Annual administration and progress report of the Indian Medical Department, Bombay
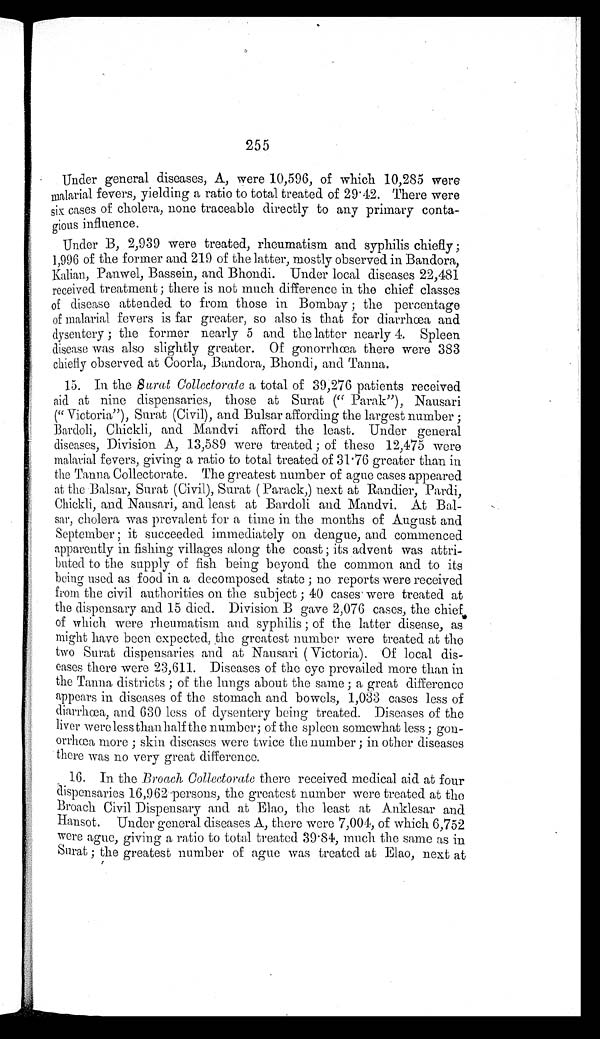
255
Under general diseases, A, were 10,596, of which 10,285 were
malarial fevers, yielding a ratio to total treated of 29.42. There were
six cases of cholera, none traceable directly to any primary conta
-
gious influence.
Under B, 2,939 were treated, rheumatism and syphilis chiefly;
1,996 of the former and 219 of the latter, mostly observed in Bandora,
Kalian, Panwel, Bassein, and Bhondi. Under local diseases 22,481
received treatment; there is not much difference in the chief classes
of disease attended to from those in Bombay; the percentage
of malarial fevers is far greater, so also is that for diarrhœa and
dysentery; the former nearly 5 and the latter nearly 4. Spleen
disease was also slightly greater. Of gonorrhœa there were 383
chiefly observed at Coorla, Bandora, Bhondi, and Tonna.
15. In the Surat Collectorate a total of 39,276 patients received
aid at nine dispensaries, those at Surat ("Parak"), Nausari
("Victoria"), Surat (Civil), and Bulsar affording the largest number;
Bardoli, Chickli, and Mandvi afford the least. Under general
diseases, Division A, 13,589 were treated; of these 12,475 were
malarial fevers, giving a ratio to total treated of 31.76 greater than in
the Tanna Collectorate. The greatest number of ague cases appeared
at the Balsar, Surat (Civil), Surat (Parack,) next at Randier, Pardi,
Chickli, and Nausari, and least at Bardoli and Mandvi. At Ba
l -
sar, cholera was prevalent for a time in the months of August and
September; it succeeded immediately on dengue, and commenced
apparently in fishing villages along the coast; its advent was attri
-
buted to the supply of fish being beyond the common and to its
being used as food in a decomposed state; no reports were received
from the civil authorities on the subject; 40 cases were treated at
the dispensary and 15 died. Division B gave 2,076 cases, the chief
of which were rheumatism and syphilis; of the latter disease, as
might have been expected, the greatest number were treated at the
two Surat dispensaries and at Nausari (Victoria). Of local dis
-
eases there were 23,611. Diseases of the eye prevailed more than in
the Tanna districts; of the lungs about the same; a great difference
appears in diseases of the stomach and bowels, 1,033 cases less of
diarrhœa, and 630 less of dysentery being treated. Diseases of the
liver were less than half the number; of the spleen somewhat less; go
n -
orrhœa more; skin diseases were twice the number; in other diseases
there was no very great difference.
16. In the Broach Collectorate there received medical aid at four
dispensaries 16,962 persons, the greatest number were treated at the
Broach Civil Dispensary and at Elao, the least at Anklesar and
H a n s o t . U n d e r g e n e r a l d i s e a s e s A , t h e r e w e r e 7 , 0 0 4 , o f w h i c h 6 , 7 5 2
were ague, giving a ratio to total treated 39.84, much the same as in
Surat; the greatest number of ague was treated at Elao, next at